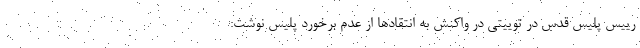
رییس پلیس قدس در توییتی در واکنش به انتقادها از عدم برخورد پلیس نوشت: